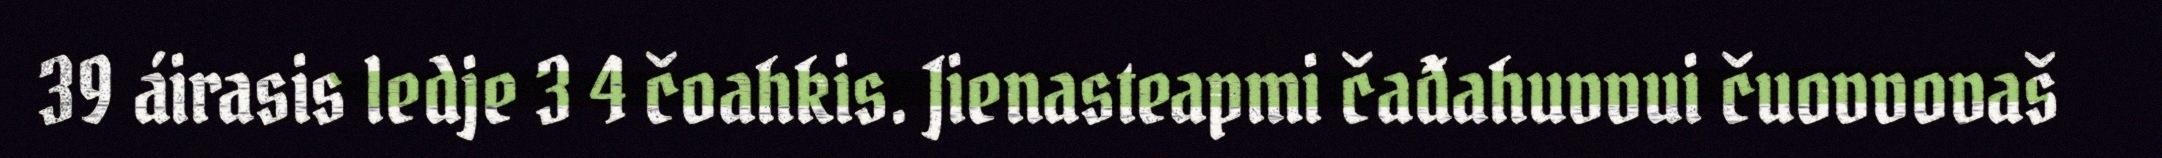
39 áirasis ledje 3 4 čoahkis. Jienasteapmi čađahuvvui čuovvovaš